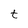
Character: t